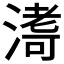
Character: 𭱹